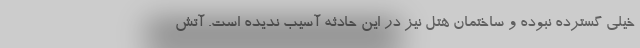
خیلی گسترده نبوده و ساختمان هتل نیز در این حادثه آسیب ندیده است. آتش